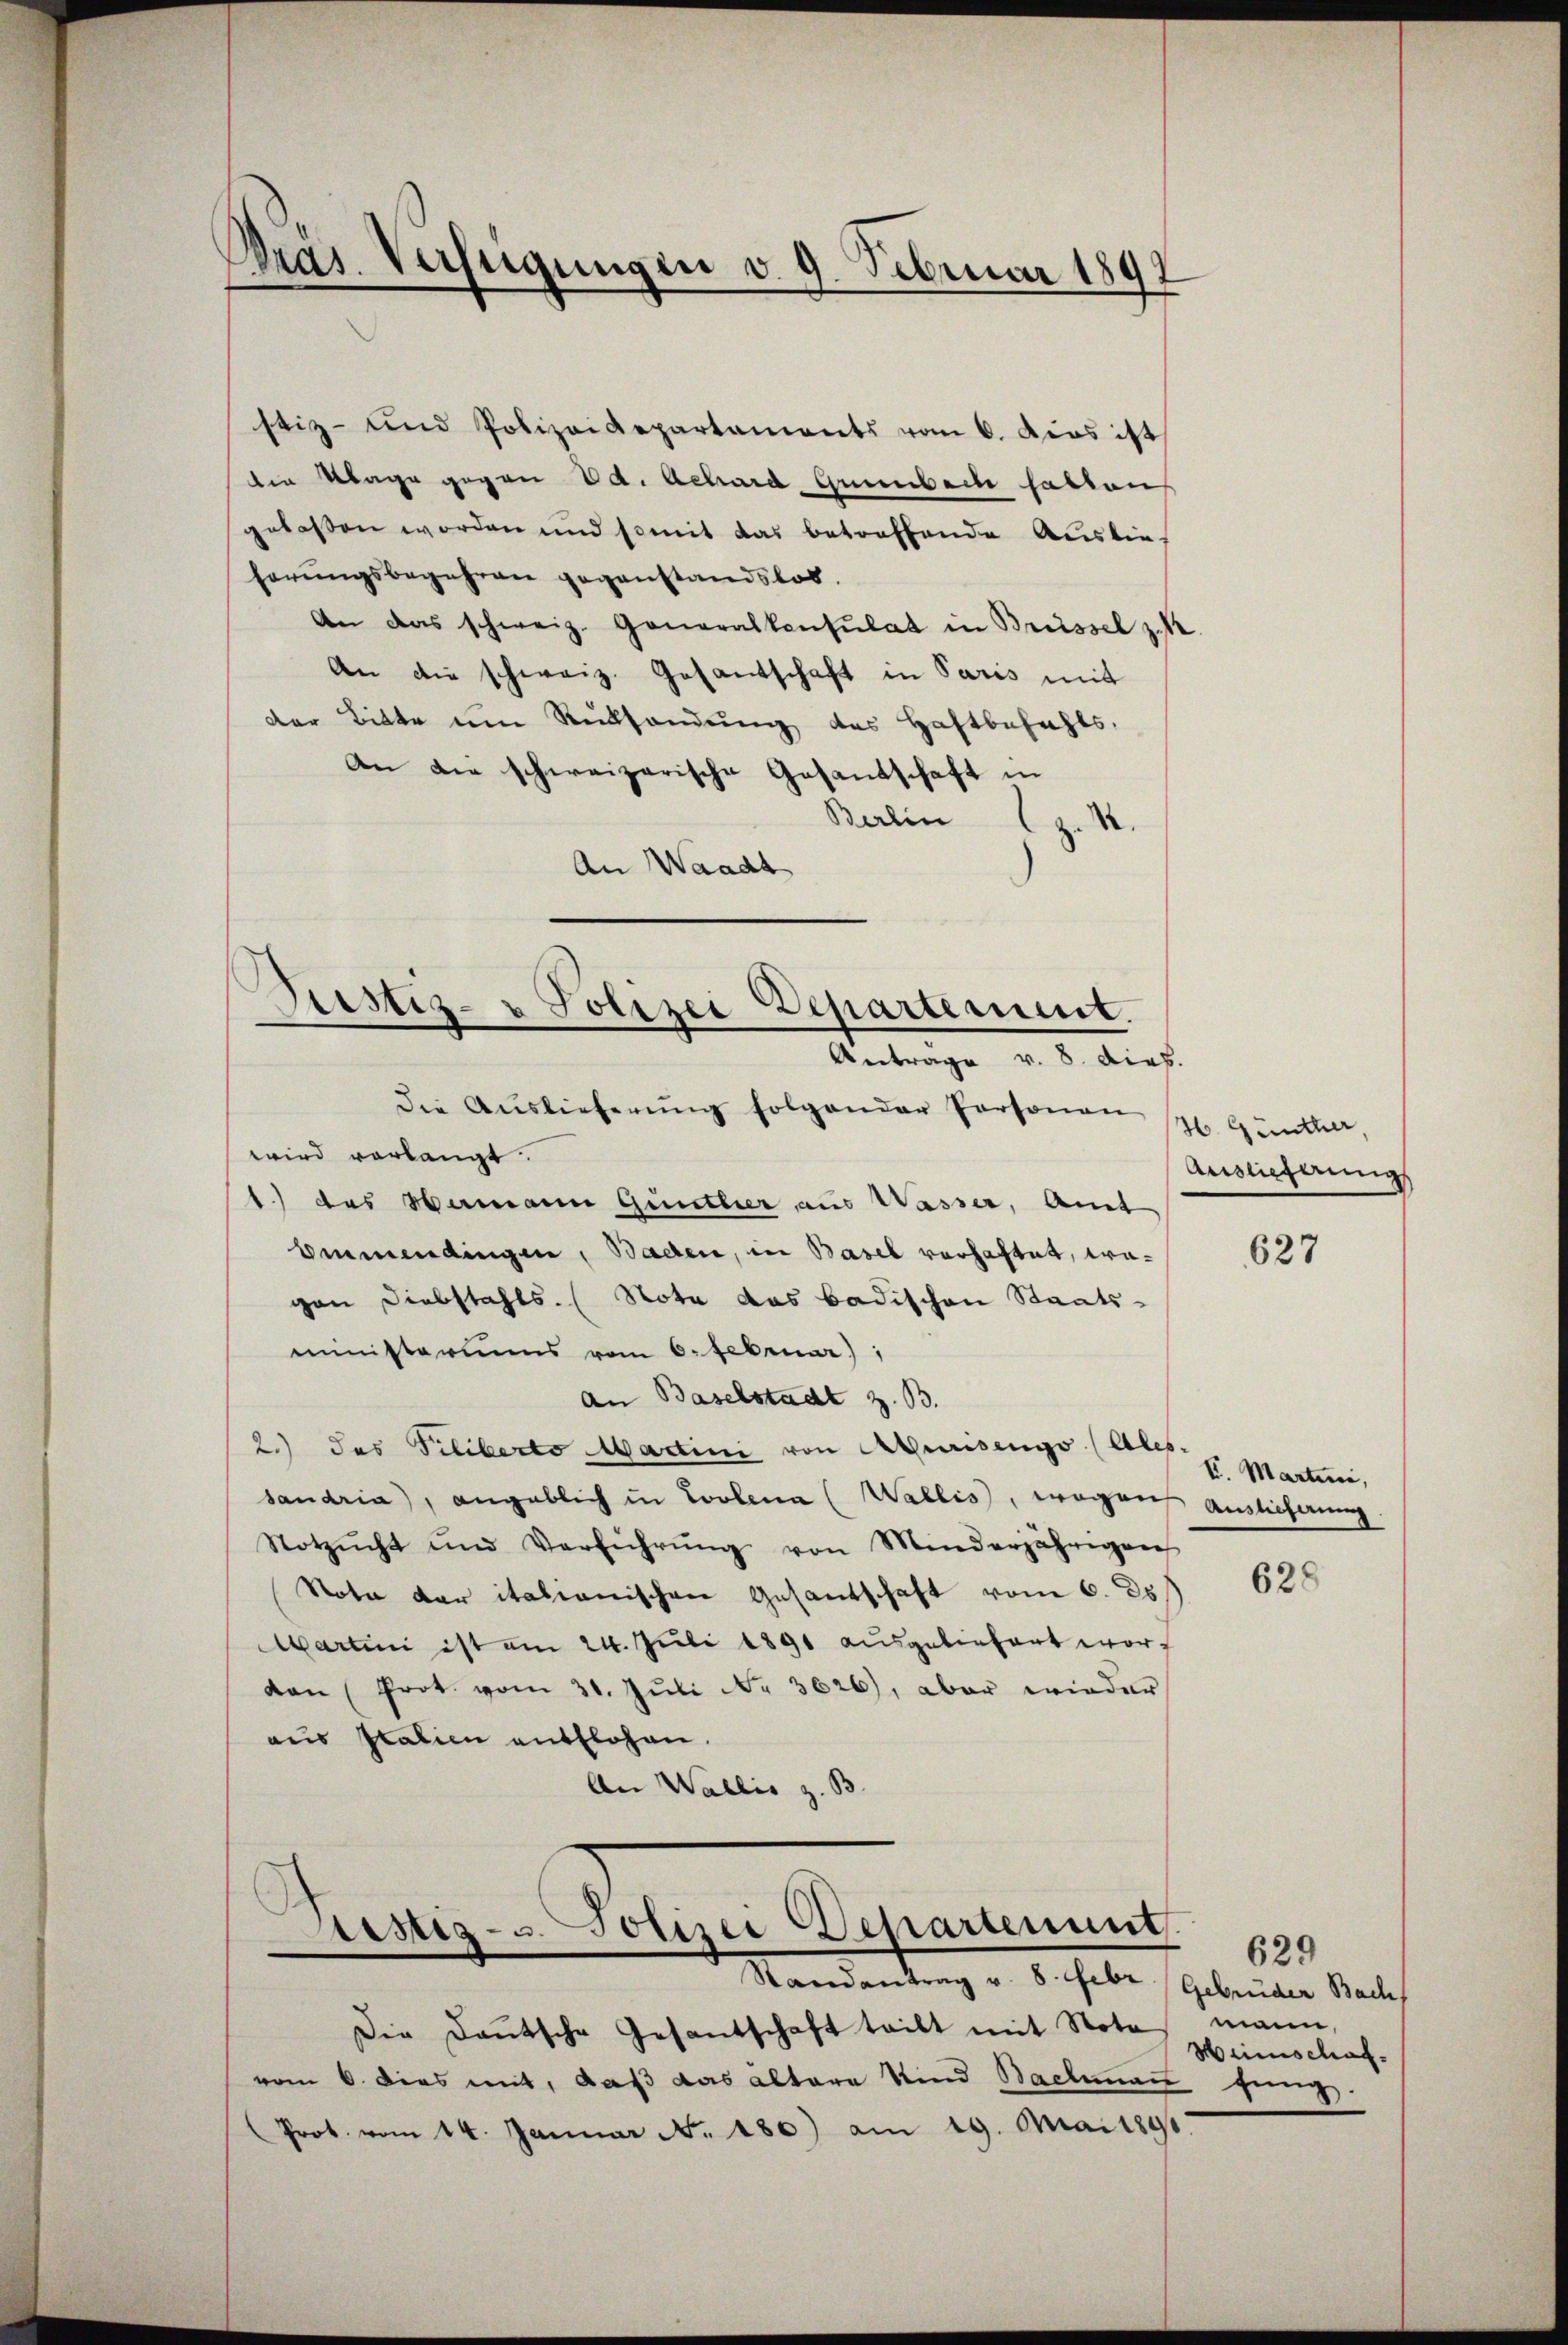
Pras. Verfügungen v. 9. Februar 189

stiz- und Polizeidepartaments vom 6. dies ist
die Klage gegen Ed. Achard Grünbach hatten
gelassen worden und somit das betreffende Auslie-
herŭngsbegehren gegenstandslos.
An das schweiz. Generalkonsulat in Brüssel z. S
An die schweiz. Gesantschaft in Paris mit
der Bitte am Rücksendŭng des Haftbefehls,
An die schweizerische Gesandschaft in
Berlin
d
An Waadt

Prestiz- u Polizei Departement.
Antrage v. 8. Dieb.

die Auslieferŭng folgender Personen
wird verlangt.
1.) das Hamann Gunthier aus Wasser, Amt
benmendingen, Bachen, in Basel vorhaftet, wavon Diebstahls. Note das badischen Staats-
ministerims vom 6. Februar),
an Baselstadt z. B.
2.) Das Piliberto Martini von Auisengo (Ales.
sandria), angeblich in Loolena (Wallis, wegen Auslichnung
Notzŭcht und Verführŭng von Minderjährigen
Nota der italianischen Gesantschaft vom 6. ds
Martini ist am 24. Juli 1891 ausgeliefert wordan (Prot. vom 31. Jŭli Nr. 3626), aber wieder
aus Italien entflohen.
An Wallis z. B

Sistig- u. Polizei Departenunt
n
Randantrag v. 8. Febr. / Gebrüder Bach

Die Daŭtsche Gesantschaft teilt mit Nota
vom 6. dies mit, daß das altere Kind Bachmann fing.
Prot. vom 14. Januar No. 180) am 19. Mai 1890.

H. Günther,
Auslieferungs

627

V. Martini,

628

629.
mann,
Weinschaf